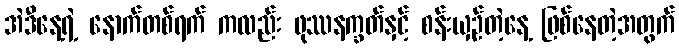
အဲဒီနေ့ရဲ့ နောက်တစ်ရက် ကလည်း ဖုဿနက္ခတ်နှင့် စန်းယှဉ်တဲ့နေ့ ဖြစ်နေတဲ့အတွက်